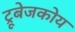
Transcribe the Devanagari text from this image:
ट्रूबेजकोय